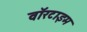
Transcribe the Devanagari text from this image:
वॉरटाइम